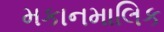
મકાનમાલિક